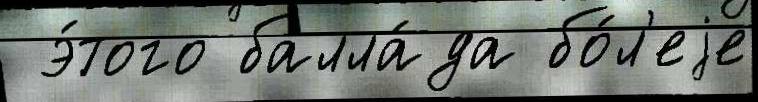
 э́того балла́да бо́л'еjе